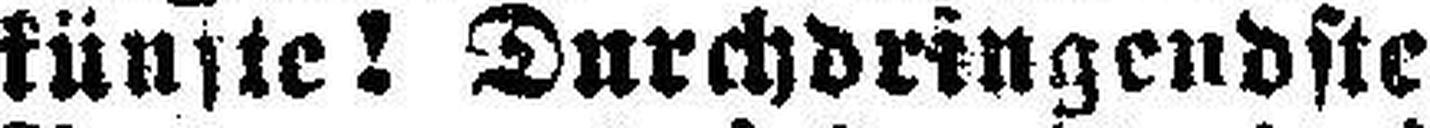
künfte! Durchdringendste